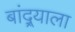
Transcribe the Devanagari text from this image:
बांद्र्याला